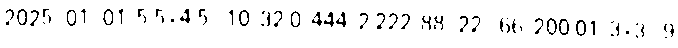
2025/01/01 5.5+4.5=10 32.0 444 2.222 88-22=66 200.01 3×3=9